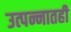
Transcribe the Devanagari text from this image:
उत्पन्नातही